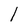
Character: l